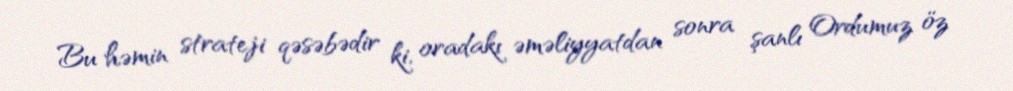
Bu həmin strateji qəsəbədir ki, oradakı əməliyyatdan sonra şanlı Ordumuz öz